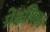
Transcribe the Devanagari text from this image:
प्रेक्षणिका